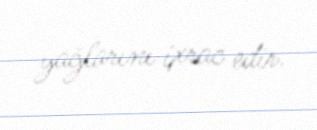
yağlarını ixrac edir.